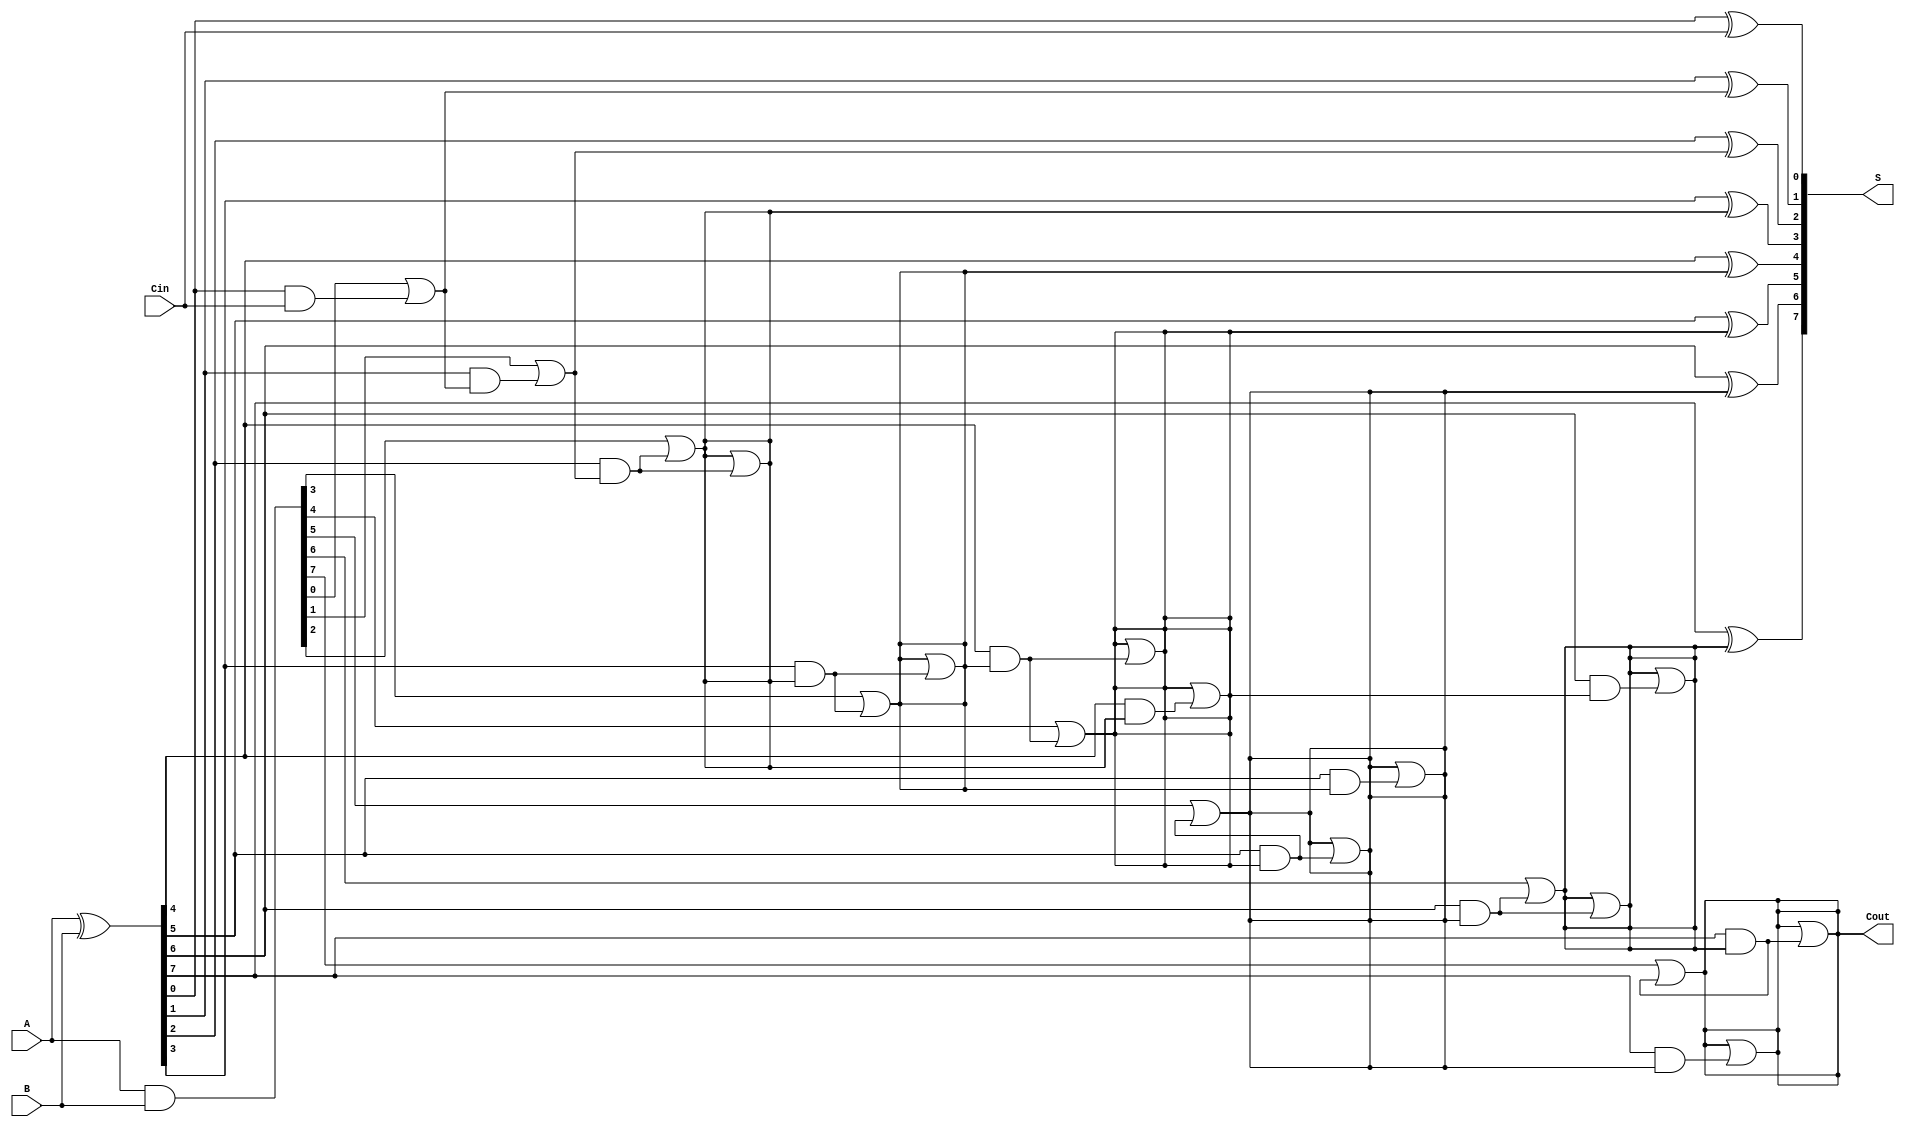
module KoggeStoneAdder #(
    parameter N = 8 // Width of the adder
)(
    input  [N-1:0] A,      // First operand
    input  [N-1:0] B,      // Second operand
    input         Cin,      // Carry in
    output [N-1:0] S,      // Sum output
    output        Cout      // Carry out output
);

    // Generate and propagate signals
    wire [N-1:0] G; // Generate
    wire [N-1:0] P; // Propagate
    wire [N:0] C;   // Carry signals

    // Generate and propagate calculations
    assign G = A & B;          // G[i] = A[i] & B[i]
    assign P = A ^ B;          // P[i] = A[i] ^ B[i]
    
    // Carry signal initialization
    assign C[0] = Cin;         // Initial carry is Cin

    // Kogge-Stone carry generation
    genvar k, i;
    generate
        // Stage 0
        for (i = 0; i < N; i = i + 1) begin : stage_0
            assign C[i + 1] = G[i] | (P[i] & C[i]);
        end

        // Additional stages
        for (k = 1; k < $clog2(N); k = k + 1) begin : stages
            for (i = 0; i < N; i = i + 1) begin : stage
                if (i >= (1 << k)) begin
                    assign C[i + 1] = C[i + 1] | (P[i] & C[i - (1 << (k - 1)) + 1]);
                end
            end
        end
    endgenerate

    // Sum calculation
    generate
        for (i = 0; i < N; i = i + 1) begin : sum_calc
            assign S[i] = P[i] ^ C[i]; // S[i] = P[i] ^ C[i-1]
        end
    endgenerate

    // Carry-out assignment
    assign Cout = C[N]; // Final carry-out

endmodule